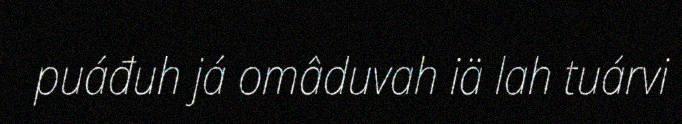
puáđuh já omâduvah iä lah tuárvi